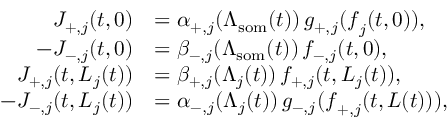
\begin{array} { r l } { J _ { + , j } ( t , 0 ) } & { = \alpha _ { + , j } ( \Lambda _ { \mathrm { s o m } } ( t ) ) \, g _ { + , j } ( \boldsymbol { f } _ { j } ( t , 0 ) ) , } \\ { - J _ { - , j } ( t , 0 ) } & { = \beta _ { - , j } ( \Lambda _ { \mathrm { s o m } } ( t ) ) \, f _ { - , j } ( t , 0 ) , } \\ { J _ { + , j } ( t , L _ { j } ( t ) ) } & { = \beta _ { + , j } ( \Lambda _ { j } ( t ) ) \, f _ { + , j } ( t , L _ { j } ( t ) ) , } \\ { - J _ { - , j } ( t , L _ { j } ( t ) ) } & { = \alpha _ { - , j } ( \Lambda _ { j } ( t ) ) \, g _ { - , j } ( \boldsymbol { f } _ { + , j } ( t , L ( t ) ) ) , } \end{array}